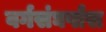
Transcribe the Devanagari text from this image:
वर्गसंघर्षास